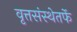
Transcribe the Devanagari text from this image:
वृत्तसंस्थेतर्फे